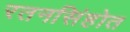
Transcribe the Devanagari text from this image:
रतनसिंहोत